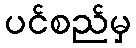
ပင်စည်မှ